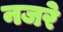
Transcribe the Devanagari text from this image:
नजरे